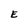
Character: E